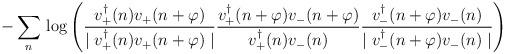
LaTeX: \begin{align*}- \sum_n \, \log \left(\frac{v^{\dagger}_+ (n) v_+ (n+\varphi)}{\mid v^{\dagger}_+ (n) v_+(n+\varphi)\mid}\frac{v^{\dagger}_+ (n+\varphi) v_- (n+\varphi)}{v^{\dagger}_+ (n) v_-(n)}\frac{v^{\dagger}_- (n+\varphi) v_- (n)}{\mid v^{\dagger}_- (n+\varphi)v_-(n)\mid}\right)\end{align*}